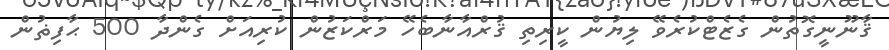
ޤާނޫނީގޮތުން ގެޒެޓްކުރެވޭ ލިޔުން ކީރިތި ޤުރްއާނާބެހޭ މަރްކަޒުން ކުރިއަށް ގެންދާ 500 ޙާފިޡުން